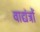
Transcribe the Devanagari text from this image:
वाद्यंत्रों